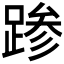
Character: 𰸙